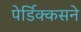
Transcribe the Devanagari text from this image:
पेर्डिक्कसने